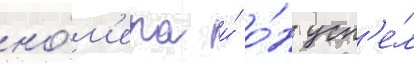
но́м'ера и́ о́н усп'е́л